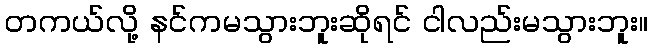
တကယ်လို့ နင်ကမသွားဘူးဆိုရင် ငါလည်းမသွားဘူး။